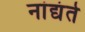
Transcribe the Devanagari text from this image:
नांद्यंते